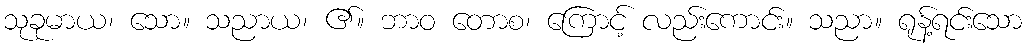
သုခုမာယ၊ သော။ သညာယ၊ ၏။ ဘာဝ တောစ၊ ကြောင့် လည်းကောင်း။ သညာ။ ရုန့်ရင်းသော